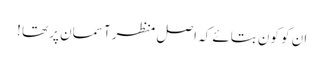
ان کو کون بتائے کہ اصل منظر آسمان پر تھا !